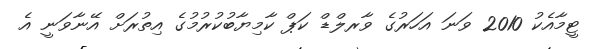
ޓީމާއެކު 2010 ވަނަ އަހަރުގެ ވާރލްޑް ކަޕް ކާމިޔާބުކުރުމުގެ އިތުރަށް އޭނާވަނީ އެ